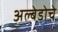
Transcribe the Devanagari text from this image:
अल्बेडोचे